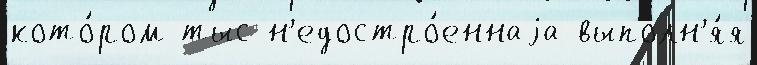
кото́ром тыс н'едостро́еннаjа выполн'я́я